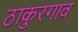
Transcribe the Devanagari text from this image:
ठाकुरगाव